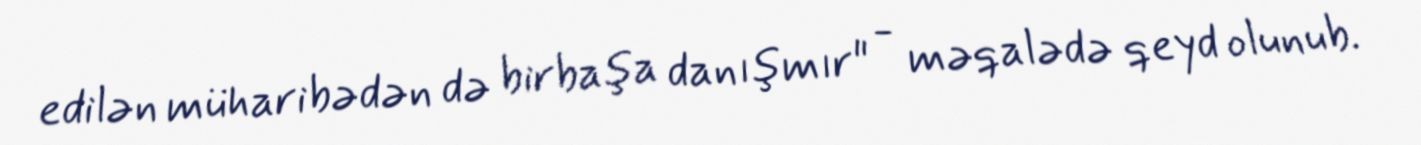
edilən müharibədən də birbaşa danışmır" - məqalədə qeyd olunub.